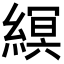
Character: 𦃼